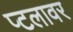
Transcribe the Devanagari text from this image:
प्टलावर